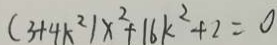
( 3 + 4 k ^ { 2 } ) x ^ { 2 } + 1 6 k ^ { 2 } + 2 = 0